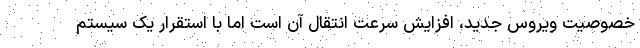
خصوصیت ویروس جدید، افزایش سرعت انتقال آن است اما با استقرار یک سیستم